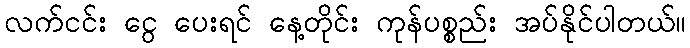
လက်ငင်း ငွေ ပေးရင် နေ့တိုင်း ကုန်ပစ္စည်း အပ်နိုင်ပါတယ်။